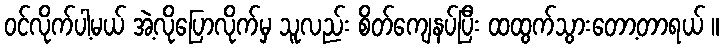
ဝင်လိုက်ပါ့မယ် အဲ့လိုပြောလိုက်မှ သူလည်း စိတ်ကျေနပ်ပြီး ထထွက်သွားတော့တာရယ် ။